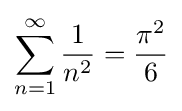
\sum _{n=1}^{\infty }{\frac {1}{n^{2}}}={\frac {\pi ^{2}}{6}}